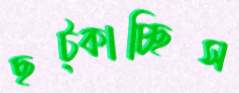
ছট্‌কাচ্ছিস